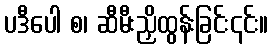
ပဒီပေါ စ၊ ဆီမီးညှိထွန်းခြင်း၎င်း။